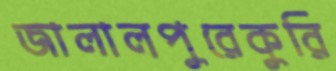
জালালপুরেকুরি